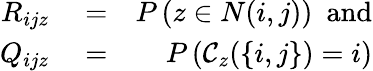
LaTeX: \begin{array}{rlr}{R_{ijz}}&{{}=}&{P\left(z\in N(i,j)\right)\mathrm{~~and}}\\ {Q_{ijz}}&{{}=}&{P\left(\mathcal{C}_{z}(\{ i,j\} )=i\right)}\end{array}